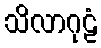
သိလာဂုဠံ